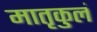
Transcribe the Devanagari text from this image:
मातृकुलं